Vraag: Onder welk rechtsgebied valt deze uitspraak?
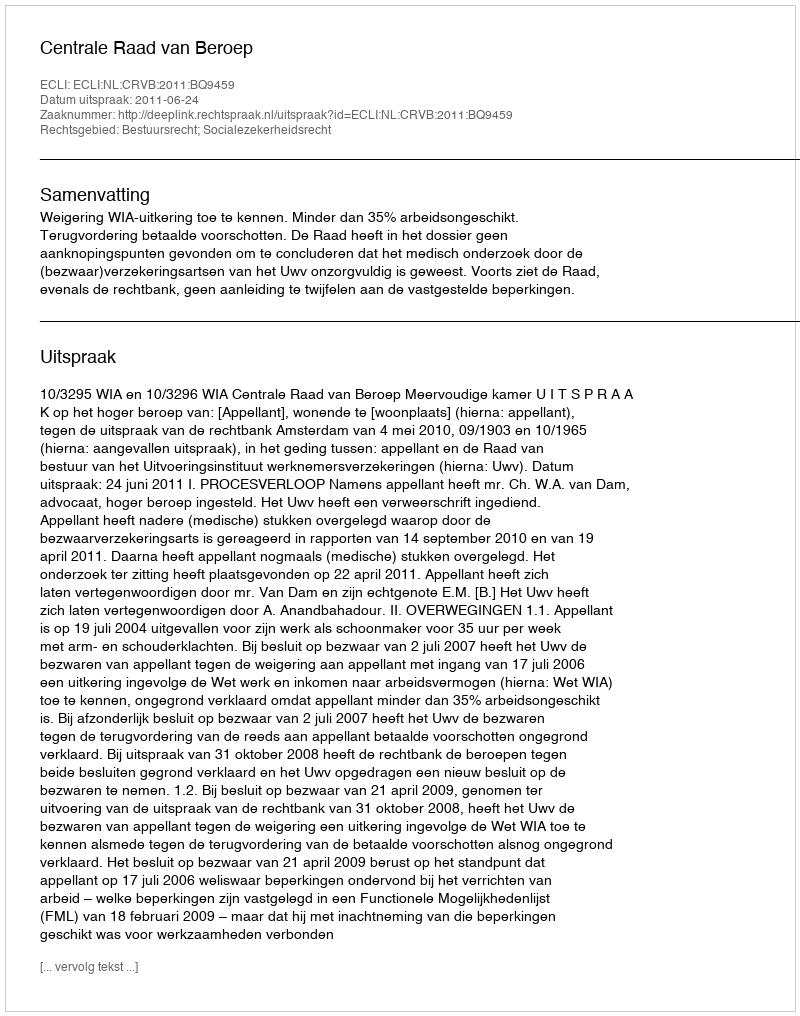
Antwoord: Bestuursrecht; Socialezekerheidsrecht